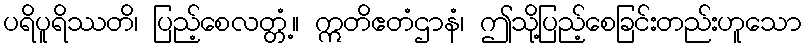
ပရိပူရိဿတိ၊ ပြည့်စေလတ္တံ့။ ဣတိဧတံဌာနံ၊ ဤသို့ပြည့်စေခြင်းတည်းဟူသော